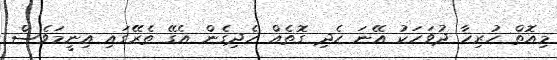
މިއޮތް ހުރިހާ ދުވަހަކު އޭނަ ހެދި ގޮތެއް ހެދިގެން އެގޭ ތެރޭގައި އިނީމަވެސް